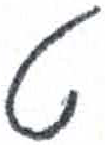
אות: ט